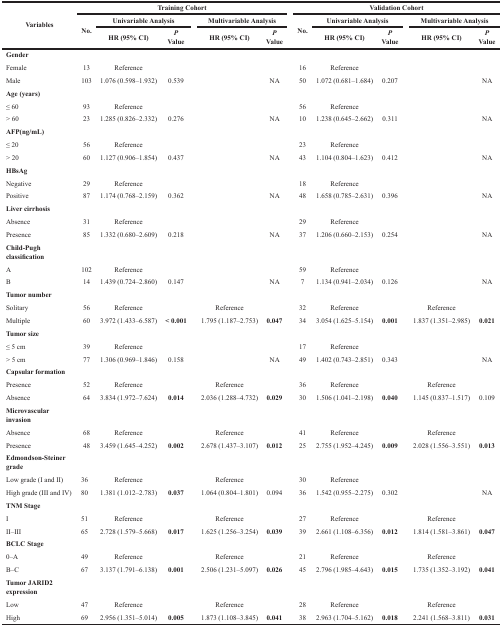
<table><thead><tr><td rowspan="3"><b>Variables</b></td><td colspan="5"><b>Training Cohort</b></td><td colspan="5"><b>Validation Cohort</b></td></tr><tr><td rowspan="2"><b>No.</b></td><td colspan="2"><b>Univariable Analysis</b></td><td colspan="2"><b>Multivariable Analysis</b></td><td rowspan="2"><b>No.</b></td><td colspan="2"><b>Univariable Analysis</b></td><td colspan="2"><b>Multivariable Analysis</b></td></tr><tr><td><b>HR (95% CI)</b></td><td><b><i>P</i> Value</b></td><td><b>HR (95% CI)</b></td><td><b><i>P</i> Value</b></td><td><b>HR (95% CI)</b></td><td><b><i>P</i> Value</b></td><td><b>HR (95% CI)</b></td><td><b><i>P</i> Value</b></td></tr></thead><tbody><tr><td><b>Gender</b></td><td></td><td></td><td></td><td></td><td></td><td></td><td></td><td></td><td></td><td></td></tr><tr><td>Female</td><td>13</td><td>Reference</td><td></td><td></td><td></td><td>16</td><td>Reference</td><td></td><td></td><td></td></tr><tr><td>Male</td><td>103</td><td>1.076 (0.598–1.932)</td><td>0.539</td><td></td><td>NA</td><td>50</td><td>1.072 (0.681–1.684)</td><td>0.207</td><td></td><td>NA</td></tr><tr><td><b>Age (years)</b></td><td></td><td></td><td></td><td></td><td></td><td></td><td></td><td></td><td></td><td></td></tr><tr><td>≤ 60</td><td>93</td><td>Reference</td><td></td><td></td><td></td><td>56</td><td>Reference</td><td></td><td></td><td></td></tr><tr><td>&gt; 60</td><td>23</td><td>1.285 (0.826–2.332)</td><td>0.276</td><td></td><td>NA</td><td>10</td><td>1.238 (0.645–2.662)</td><td>0.311</td><td></td><td>NA</td></tr><tr><td><b>AFP(ng/mL)</b></td><td></td><td></td><td></td><td></td><td></td><td></td><td></td><td></td><td></td><td></td></tr><tr><td>≤ 20</td><td>56</td><td>Reference</td><td></td><td></td><td></td><td>23</td><td>Reference</td><td></td><td></td><td></td></tr><tr><td>&gt; 20</td><td>60</td><td>1.127 (0.906–1.854)</td><td>0.437</td><td></td><td>NA</td><td>43</td><td>1.104 (0.804–1.623)</td><td>0.412</td><td></td><td>NA</td></tr><tr><td><b>HBsAg</b></td><td></td><td></td><td></td><td></td><td></td><td></td><td></td><td></td><td></td><td></td></tr><tr><td>Negative</td><td>29</td><td>Reference</td><td></td><td></td><td></td><td>18</td><td>Reference</td><td></td><td></td><td></td></tr><tr><td>Positive</td><td>87</td><td>1.174 (0.768–2.159)</td><td>0.362</td><td></td><td>NA</td><td>48</td><td>1.658 (0.785–2.631)</td><td>0.396</td><td></td><td>NA</td></tr><tr><td><b>Liver cirrhosis</b></td><td></td><td></td><td></td><td></td><td></td><td></td><td></td><td></td><td></td><td></td></tr><tr><td>Absence</td><td>31</td><td>Reference</td><td></td><td></td><td></td><td>29</td><td>Reference</td><td></td><td></td><td></td></tr><tr><td>Presence</td><td>85</td><td>1.332 (0.680–2.609)</td><td>0.218</td><td></td><td>NA</td><td>37</td><td>1.206 (0.660–2.153)</td><td>0.254</td><td></td><td>NA</td></tr><tr><td><b>Child-Pugh classification</b></td><td></td><td></td><td></td><td></td><td></td><td></td><td></td><td></td><td></td><td></td></tr><tr><td>A</td><td>102</td><td>Reference</td><td></td><td></td><td></td><td>59</td><td>Reference</td><td></td><td></td><td></td></tr><tr><td>B</td><td>14</td><td>1.439 (0.724–2.860)</td><td>0.147</td><td></td><td>NA</td><td>7</td><td>1.134 (0.941–2.034)</td><td>0.126</td><td></td><td>NA</td></tr><tr><td><b>Tumor number</b></td><td></td><td></td><td></td><td></td><td></td><td></td><td></td><td></td><td></td><td></td></tr><tr><td>Solitary</td><td>56</td><td>Reference</td><td></td><td>Reference</td><td></td><td>32</td><td>Reference</td><td></td><td>Reference</td><td></td></tr><tr><td>Multiple</td><td>60</td><td>3.972 (1.433–6.587)</td><td><b>&lt; 0.001</b></td><td>1.795 (1.187–2.753)</td><td><b>0.047</b></td><td>34</td><td>3.054 (1.625–5.154)</td><td><b>0.001</b></td><td>1.837 (1.351–2.985)</td><td><b>0.021</b></td></tr><tr><td><b>Tumor size</b></td><td></td><td></td><td></td><td></td><td></td><td></td><td></td><td></td><td></td><td></td></tr><tr><td>≤ 5 cm</td><td>39</td><td>Reference</td><td></td><td></td><td></td><td>17</td><td>Reference</td><td></td><td></td><td></td></tr><tr><td>&gt; 5 cm</td><td>77</td><td>1.306 (0.969–1.846)</td><td>0.158</td><td></td><td>NA</td><td>49</td><td>1.402 (0.743–2.851)</td><td>0.343</td><td></td><td>NA</td></tr><tr><td><b>Capsular formation</b></td><td></td><td></td><td></td><td></td><td></td><td></td><td></td><td></td><td></td><td></td></tr><tr><td>Presence</td><td>52</td><td>Reference</td><td></td><td>Reference</td><td></td><td>36</td><td>Reference</td><td></td><td>Reference</td><td></td></tr><tr><td>Absence</td><td>64</td><td>3.834 (1.972–7.624)</td><td><b>0.014</b></td><td>2.036 (1.288–4.732)</td><td><b>0.029</b></td><td>30</td><td>1.506 (1.041–2.198)</td><td><b>0.040</b></td><td>1.145 (0.837–1.517)</td><td>0.109</td></tr><tr><td><b>Microvascular invasion</b></td><td></td><td></td><td></td><td></td><td></td><td></td><td></td><td></td><td></td><td></td></tr><tr><td>Absence</td><td>68</td><td>Reference</td><td></td><td>Reference</td><td></td><td>41</td><td>Reference</td><td></td><td>Reference</td><td></td></tr><tr><td>Presence</td><td>48</td><td>3.459 (1.645–4.252)</td><td><b>0.002</b></td><td>2.678 (1.437–3.107)</td><td><b>0.012</b></td><td>25</td><td>2.755 (1.952–4.245)</td><td><b>0.009</b></td><td>2.028 (1.556–3.551)</td><td><b>0.013</b></td></tr><tr><td><b>Edmondson-Steiner grade</b></td><td></td><td></td><td></td><td></td><td></td><td></td><td></td><td></td><td></td><td></td></tr><tr><td>Low grade (I and II)</td><td>36</td><td>Reference</td><td></td><td>Reference</td><td></td><td>30</td><td>Reference</td><td></td><td></td><td></td></tr><tr><td>High grade (III and IV)</td><td>80</td><td>1.381 (1.012–2.783)</td><td><b>0.037</b></td><td>1.064 (0.804–1.801)</td><td>0.094</td><td>36</td><td>1.542 (0.955–2.275)</td><td>0.302</td><td></td><td>NA</td></tr><tr><td><b>TNM Stage</b></td><td></td><td></td><td></td><td></td><td></td><td></td><td></td><td></td><td></td><td></td></tr><tr><td>I</td><td>51</td><td>Reference</td><td></td><td>Reference</td><td></td><td>27</td><td>Reference</td><td></td><td>Reference</td><td></td></tr><tr><td>II–III</td><td>65</td><td>2.728 (1.579–5.668)</td><td><b>0.017</b></td><td>1.625 (1.256–3.254)</td><td><b>0.039</b></td><td>39</td><td>2.661 (1.108–6.356)</td><td><b>0.012</b></td><td>1.814 (1.581–3.861)</td><td><b>0.047</b></td></tr><tr><td><b>BCLC Stage</b></td><td></td><td></td><td></td><td></td><td></td><td></td><td></td><td></td><td></td><td></td></tr><tr><td>0–A</td><td>49</td><td>Reference</td><td></td><td>Reference</td><td></td><td>21</td><td>Reference</td><td></td><td>Reference</td><td></td></tr><tr><td>B–C</td><td>67</td><td>3.137 (1.791–6.138)</td><td><b>0.001</b></td><td>2.506 (1.231–5.097)</td><td><b>0.026</b></td><td>45</td><td>2.796 (1.985–4.643)</td><td><b>0.015</b></td><td>1.735 (1.352–3.192)</td><td><b>0.041</b></td></tr><tr><td><b>Tumor JARID2 expression</b></td><td></td><td></td><td></td><td></td><td></td><td></td><td></td><td></td><td></td><td></td></tr><tr><td>Low</td><td>47</td><td>Reference</td><td></td><td>Reference</td><td></td><td>28</td><td>Reference</td><td></td><td>Reference</td><td></td></tr><tr><td>High</td><td>69</td><td>2.956 (1.351–5.014)</td><td><b>0.005</b></td><td>1.873 (1.108–3.845)</td><td><b>0.041</b></td><td>38</td><td>2.963 (1.704–5.162)</td><td><b>0.018</b></td><td>2.241 (1.568–3.811)</td><td><b>0.031</b></td></tr></tbody></table>